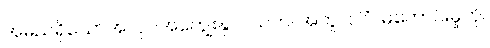
အမည်ရှိသောအလုပ်အကျွေးနှင့်။ သဟ၊ အတူ။ ပါပံ၊ မကောင်းမှုကို။